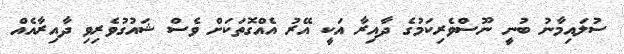
ސުލައިމާނު ބުނީ ނޫސްވެރިކަމުގެ ދާއިރާ އަކީ އޭރު އެއްގޮތަކަށް ވެސް ޝައުގުވެރިވި ދާއިރާއެއް